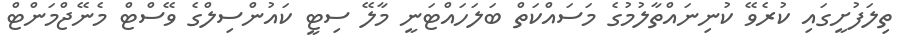
ތިލަފުށީގައި ކުރެވޭ ކުނިނައްތާލުމުގެ މަސައްކަތް ބަލަހައްޓަނީ މާލޭ ސިޓީ ކައުންސިލްގެ ވޭސްޓް މެނޭޖްމަންޓް